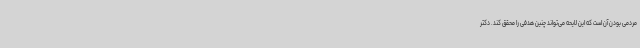
مردمی بودن آن است که این لایحه می‌تواند چنین هدفی را محقق کند. دکتر